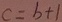
c = b + 1